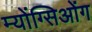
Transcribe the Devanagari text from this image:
म्योंग्सिओंग